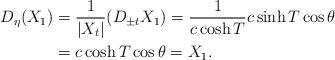
LaTeX: \begin{align*}D_{\eta}(X_1)&= \frac{1}{|X_t|}(D_{\pm t} X_1)= \frac{1}{c\cosh{T}}c\sinh{T}\cos{\theta}\\&=c\cosh{T}\cos{\theta}=X_1.\end{align*}